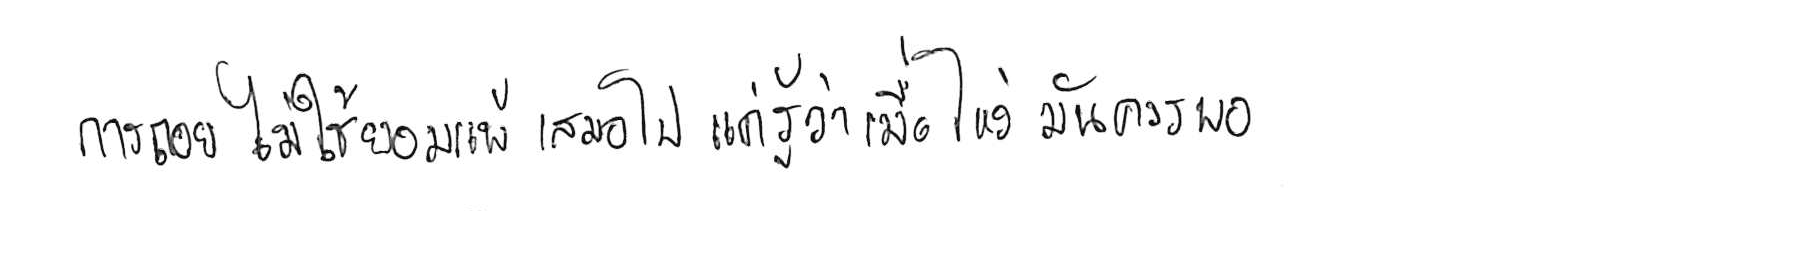
การถอย ไม่ใช่ยอมแพ้ เสมอไป แค่รู้ว่าเมื่อไหร่ มันควรพอ